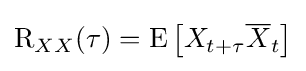
\operatorname {R} _{XX}(\tau )=\operatorname {E} \left[X_{t+\tau }{\overline {X}}_{t}\right]